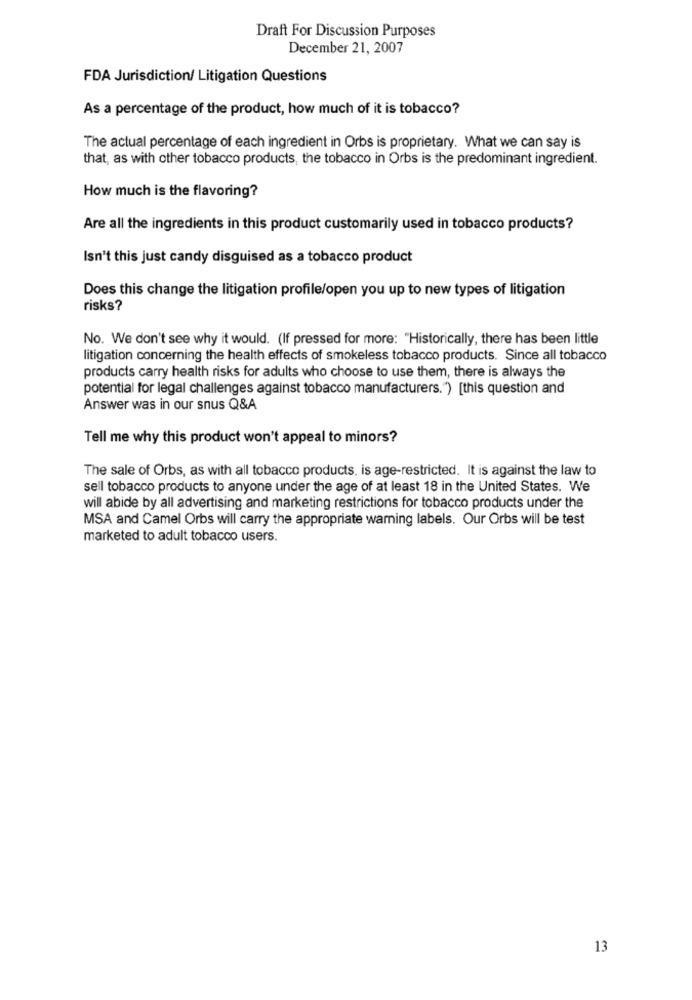
Draft For Discussion Purposes
December 21, 2007
FDA Jurisdiction/ Litigation Questions
As a percentage of the product, how much of it is tobacco?
The actual percentage of each ingredient in Orbs is proprietary. What we can say is
that, as with other tobacco products, the tobacco in Orbs is the predominant ingredient.
How much is the flavoring?
Are all the ingredients in this product customarily used in tobacco products?
Isn't this just candy disguised as a tobacco product
Does this change the litigation profile/open you up to new types of litigation
risks?
No. We don't see why it would. (If pressed for more: "Historically, there has been little
litigation concerning the health effects of smokeless tobacco products. Since all tobacco
products carry health risks for adults who choose to use them, there is always the
potential for legal challenges against tobacco manufacturers.") [this question and
Answer was in our snus Q&A
Tell me why this product won't appeal to minors?
The sale of Orbs, as with all tobacco products, is age-restricted. It is against the law to
sell tobacco products to anyone under the age of at least 18 in the United States. We
will abide by all advertising and marketing restrictions for tobacco products under the
MSA and Camel Orbs will carry the appropriate warning labels. Our Orbs will be test
marketed to adult tobacco users.
13